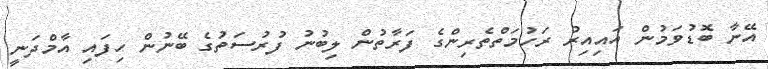
އޭނާ ބޮޑުވަމުން އައިއިރު ރަހުމަތްތެރިންގެ ފަރާތުން ލިބުނު ފުރުސަތުގެ ބޭނުން ހިފައި އާމްދަނީ